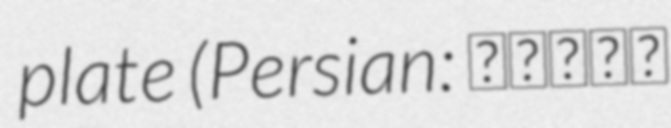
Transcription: plate (Persian: بشقاب